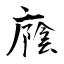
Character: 廕